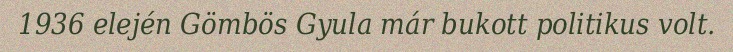
1936 elején Gömbös Gyula már bukott politikus volt.